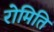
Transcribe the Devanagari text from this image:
रोमिति